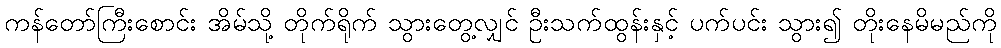
ကန်တော်ကြီးစောင်း အိမ်သို့ တိုက်ရိုက် သွားတွေ့လျှင် ဦးသက်ထွန်းနှင့် ပက်ပင်း သွား၍ တိုးနေမိမည်ကို